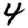
Digit: 4